Scottish Leaving Certificate Examination, 1951
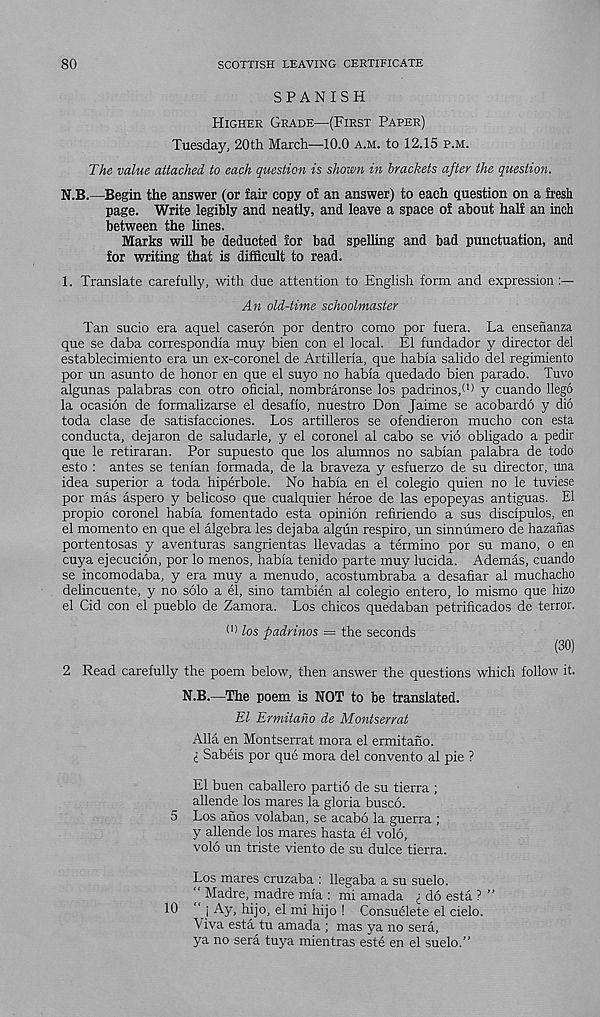
80
SCOTTISH LEAVING CERTIFICATE
SPANISH
Higher Grade—(First Paper)
Tuesday, 20th March—10.0 a.m. to 12.15 p.m.
The value attached to each question is shown in brackets after the question.
N.B.—Begin the answer (or fair copy of an answer) to each question on a fresh
page. Write legibly and neatly, and leave a space of about half an inch
between the lines.
Marks will be deducted for bad spelling and bad punctuation, and
for writing that is difficult to read.
1. Translate carefully, with due attention to English form and expression
An old-time schoolmaster
Tan sucio era aquel caseron por dentro como por fuera. La ensenanza
que se daba correspondia muy bien con el local. El fundador y director del
establecimiento era un ex-coronel de Artilleria, que habia salido del regimiento
por un asunto de honor en que el suyo no habia quedado bien parado. Tuvo
algunas palabras con otro oficial, nombraronse los padrinos/ 1 ) y cuando llego
la ocasion de formalizarse el desafio, nuestro Don Jaime se acobardo y dio
toda clase de satisfacciones. Los artilleros se ofendieron mucho con esta
conducta, dejaron de saludarle, y el coronel al cabo se vid obligado a pedir
que le retiraran. Por supuesto que los alumnos no sabian palabra de todo
esto : antes se tenian formada, de la braveza y esfuerzo de su director, una
idea superior a toda hiperbole. No habia en el colegio quien no le tuviese
por mas aspero y belicoso que cualquier heroe de las epopeyas antiguas. El
propio coronel habia fomentado esta opinion refiriendo a sus discipulos, en
el momento en que el algebra les dejaba algiin respiro, un sinnumero de hazanas
portentosas y aventuras sangrientas llevadas a termino por su mano, o en
cuya ejecucion, por lo menos, habia tenido parte muy lucida. Ademas, cuando
se incomodaba, y era muy a menudo, acostumbraba a desafiar al muchacho
delincuente, y no solo a el, sino tambien al colegio entero, lo mismo que hizo
el Cid con el pueblo de Zamora. Los chicos quedaban petrificados de terror.
^ los padrinos = the seconds
(30)
2 Read carefully the poem below, then answer the questions which follow it.
N.B.—The poem is NOT to be translated.
El Ermitaho de Montserrat
Alla en Montserrat mora el ermitano.
i Sabeis por que mora del convento al pie ?
El buen caballero partio de su tierra ;
allende los mares la gloria bused.
5 Los anos volaban, se acabo la guerra ;
y allende los mares hasta el void,
void un triste viento de su duke tierra.
Los mares cruzaba : llegaba a su suelo.
“ Madre, madre mia : mi amada i do esta ? ”
10 “ j Ay, hijo, el mi hijo ! Consuelete el cielo.
Viva esta tu amada ; mas ya no sera,
ya no sera tuya mientras este en el suelo.”